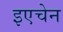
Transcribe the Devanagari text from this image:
इएचेन